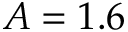
A = 1 . 6